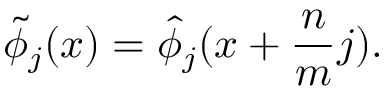
\widetilde { \phi } _ { j } ( x ) = \widehat { \phi } _ { j } ( x + \frac { n } { m } j ) .